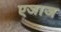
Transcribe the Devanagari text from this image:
एजाज